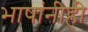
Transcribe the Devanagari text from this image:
भाषांनीही